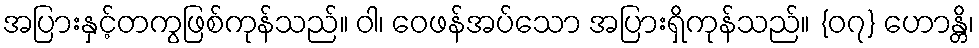
အပြားနှင့်တကွဖြစ်ကုန်သည်။ ဝါ၊ ဝေဖန်အပ်သော အပြားရှိကုန်သည်။ {၀၇} ဟောန္တိ၊